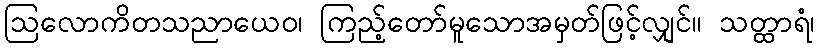
ဩလောကိတသညာယေဝ၊ ကြည့်တော်မူသောအမှတ်ဖြင့်လျှင်။ သတ္ထာရံ၊